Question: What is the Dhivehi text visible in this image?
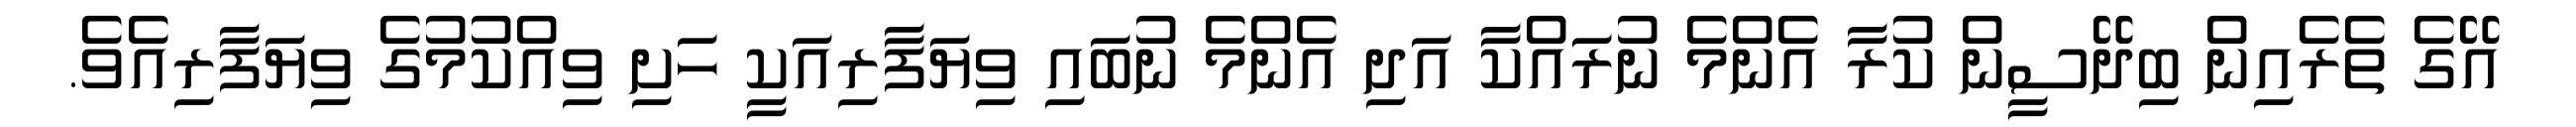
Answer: އޭގެ ތެރެއިން ބިދޭސީން ކުރާ އެންމެ ނުރައްކާ އަދި އެންމެ ނުބައި ވިޔަފާރިއަކީ ހަށި ވިއްކުމުގެ ވިޔަފާރިއެވެ.